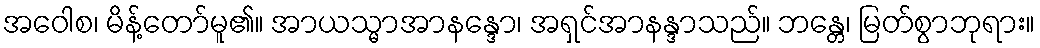
အဝေါစ၊ မိန့်တော်မူ၏။ အာယသ္မာအာနန္ဒော၊ အရှင်အာနန္ဒာသည်။ ဘန္တေ၊ မြတ်စွာဘုရား။